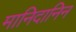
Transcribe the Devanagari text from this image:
मानिदानिन